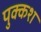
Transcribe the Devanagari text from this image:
पुक्कश